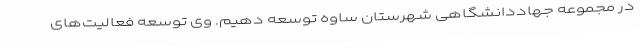
در مجموعه جهاددانشگاهی شهرستان ساوه توسعه دهیم. وی توسعه فعالیت‌های